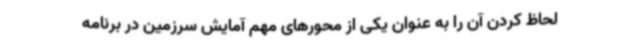
لحاظ کردن آن را به عنوان یکی از محورهای مهم آمایش سرزمین در برنامه